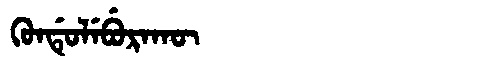
Manchu: ᡴᡠᠨᡩᡠᠯᡝᠪᡠᡵᠠᡴᡡ
Romanization: KUNDULEBURAKŪ